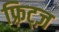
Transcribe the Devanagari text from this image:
फ़्रिट्ज़